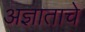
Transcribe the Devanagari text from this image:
अज्ञाताचे